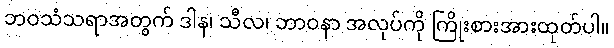
ဘဝသံသရာအတွက် ဒါန၊ သီလ၊ ဘာဝနာ အလုပ်ကို ကြိုးစားအားထုတ်ပါ။